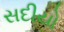
સદીયો